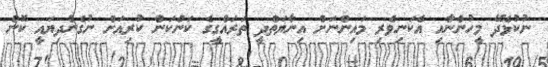
ނުކުޅެދޭ މީހުންނާއި އެކަނިވެރި މައިންނަށް އިނާޔަތްދީ ތަރައްގީގެ ކަންކަން ކުރިއަށް ނުގެންދިޔައީ ކޮން